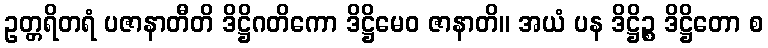
ဥတ္တရိတရံ ပဇာနာတီတိ ဒိဋ္ဌိဂတိကော ဒိဋ္ဌိမေဝ ဇာနာတိ။ အယံ ပန ဒိဋ္ဌိဉ္စ ဒိဋ္ဌိတော စ